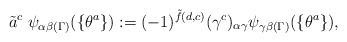
\begin{align*}\tilde{a}^c \; \psi_{\alpha \beta (\Gamma)}(\{ \theta^a \}) := (-1)^{\tilde{f} (d,c) } (\gamma^c)_{\alpha \gamma} \psi_{\gamma \beta (\Gamma)} (\{ \theta^a \}), \end{align*}